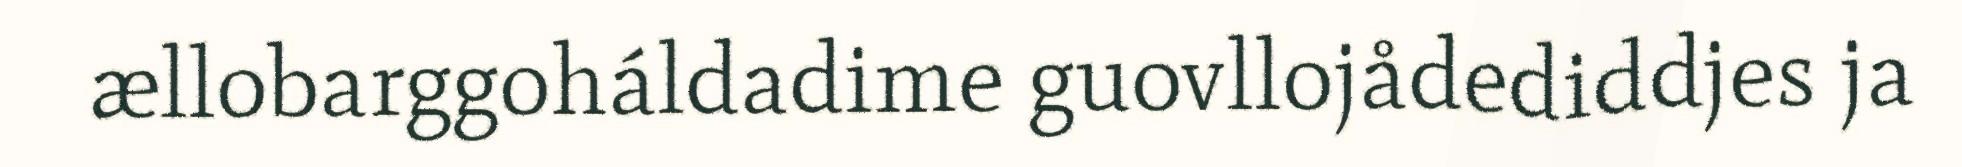
ællobarggoháldadime guovllojådediddjes ja